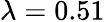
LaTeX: \lambda=0.51